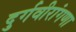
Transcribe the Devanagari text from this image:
दुर्गवीरांगणा